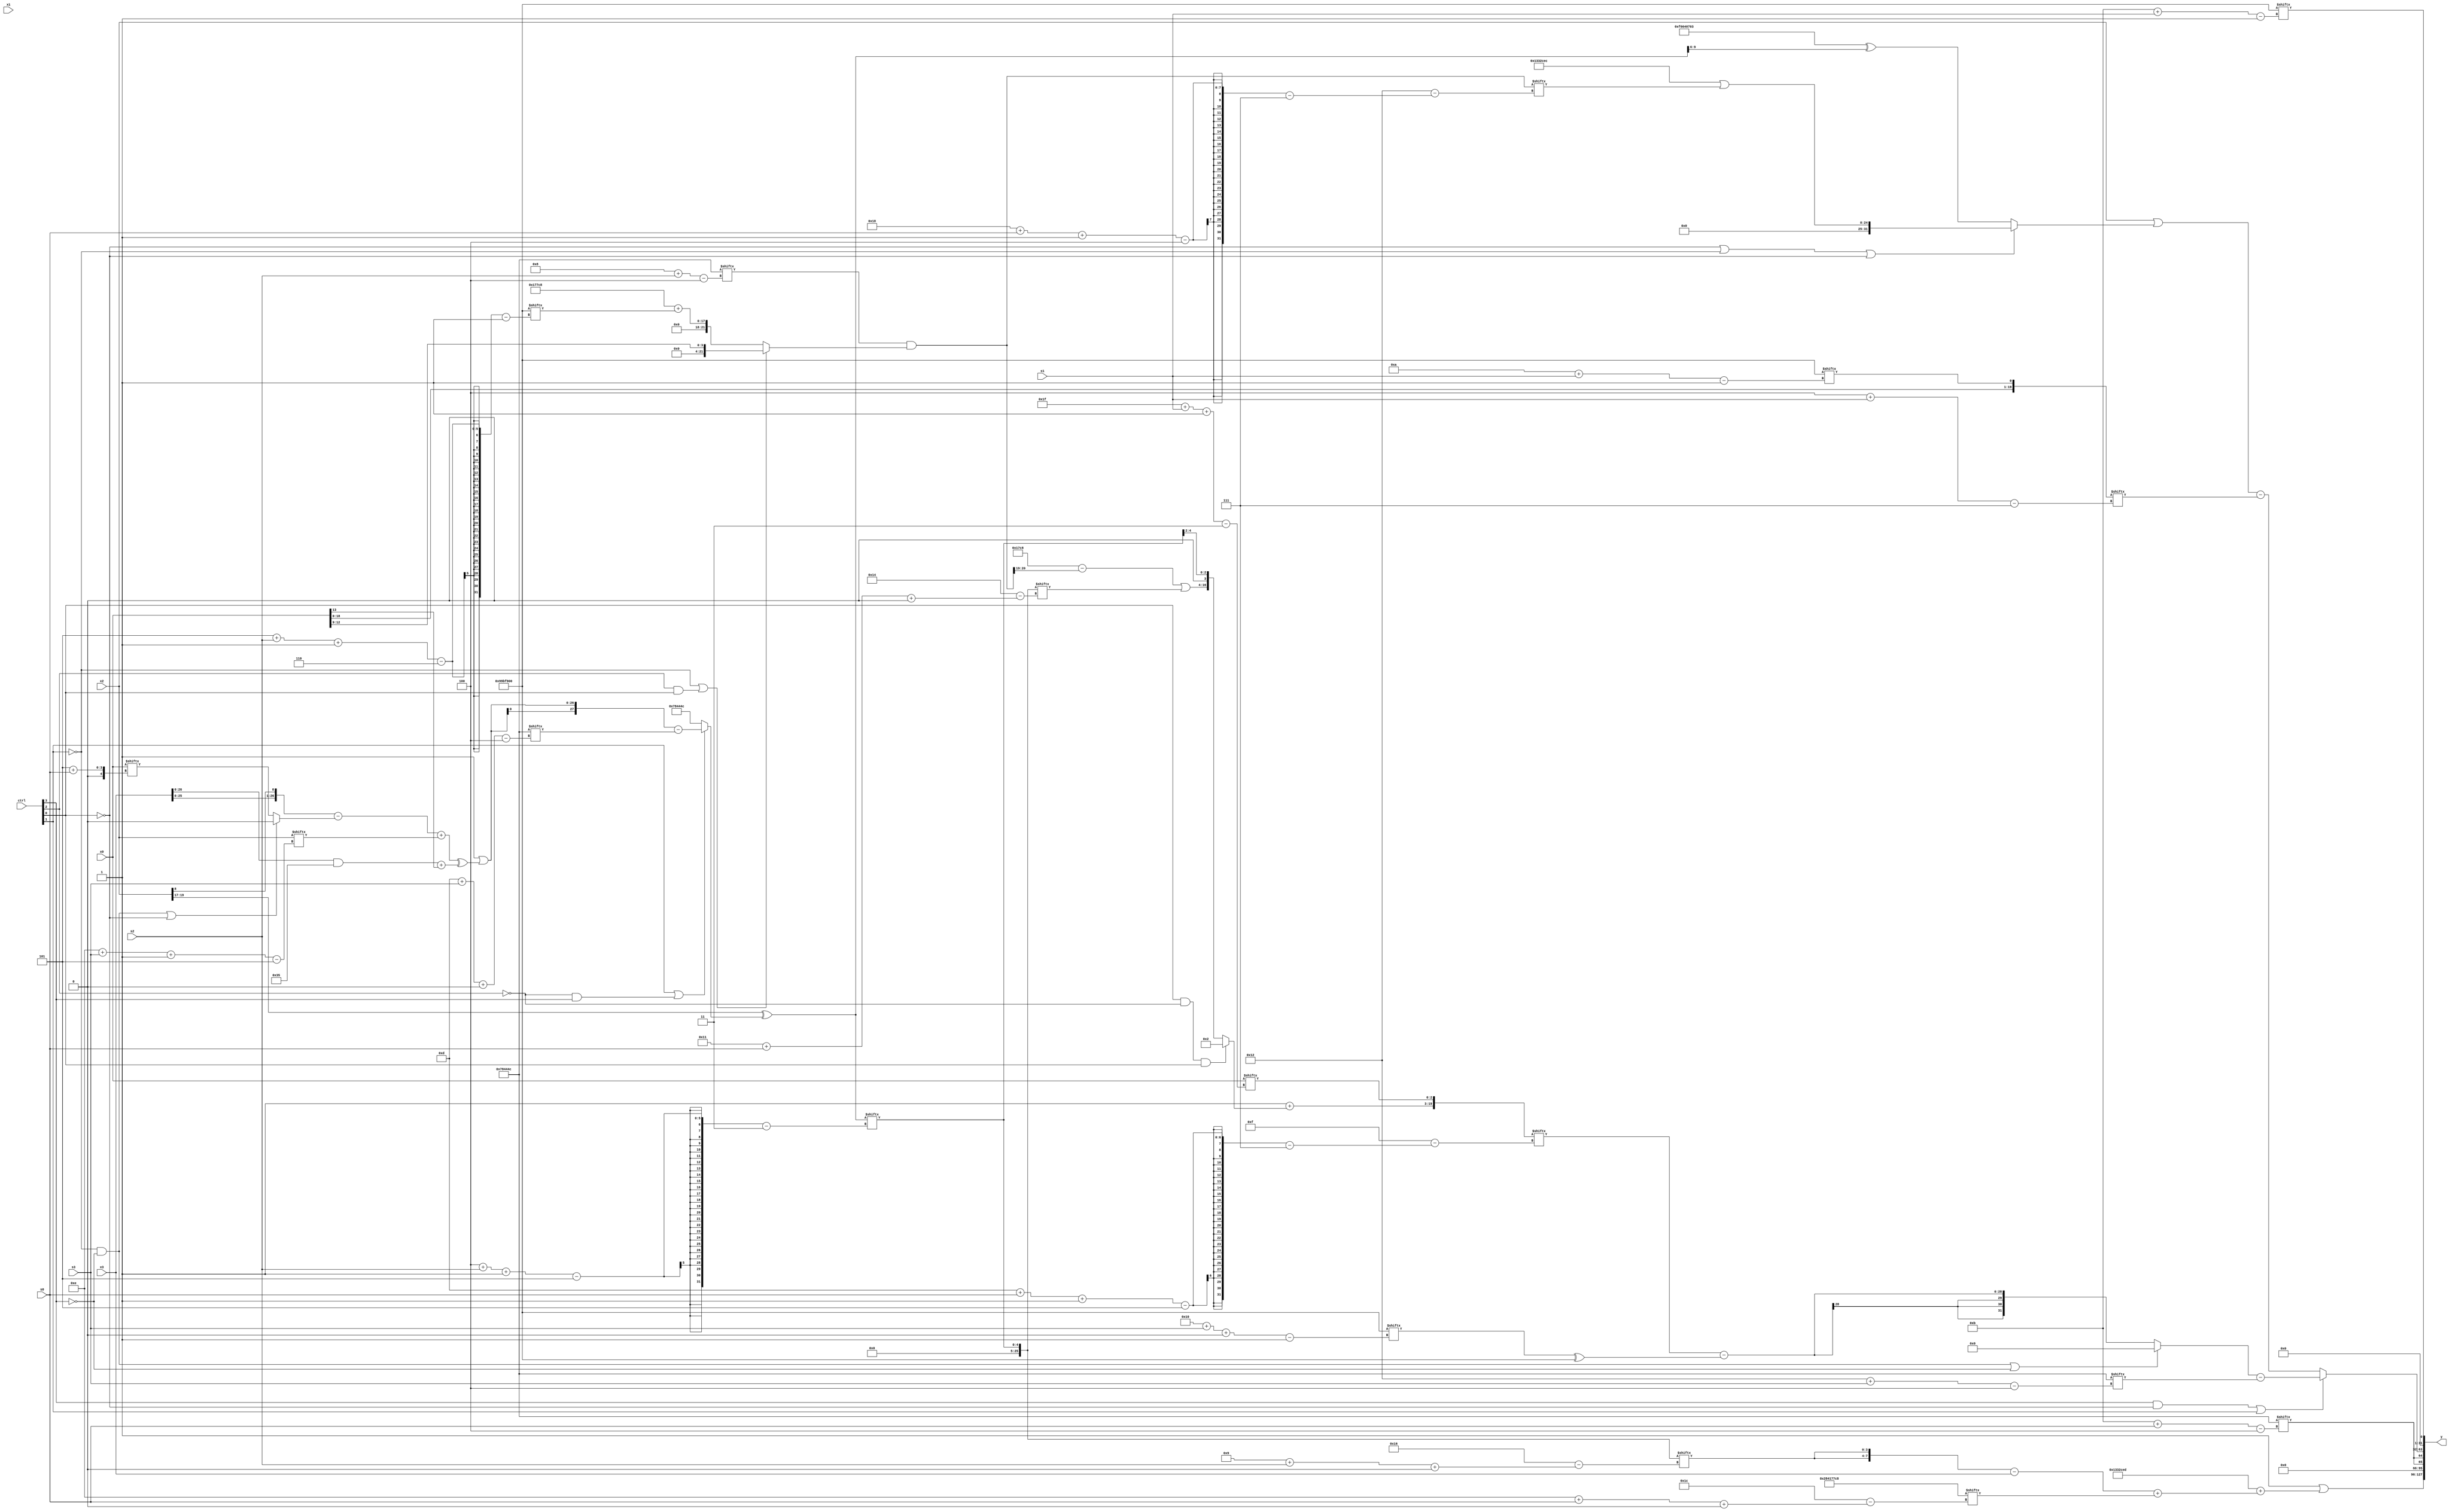
module partsel_00545(ctrl, s0, s1, s2, s3, x0, x1, x2, x3, y);
  input [3:0] ctrl;
  input [2:0] s0;
  input [2:0] s1;
  input [2:0] s2;
  input [2:0] s3;
  input signed [31:0] x0;
  input [31:0] x1;
  input [31:0] x2;
  input [31:0] x3;
  wire signed [3:29] x4;
  wire [2:31] x5;
  wire [0:24] x6;
  wire [26:7] x7;
  wire signed [1:30] x8;
  wire signed [30:3] x9;
  wire [28:0] x10;
  wire [0:25] x11;
  wire signed [7:28] x12;
  wire [27:5] x13;
  wire signed [7:26] x14;
  wire [5:27] x15;
  output [127:0] y;
  wire signed [31:0] y0;
  wire [31:0] y1;
  wire signed [31:0] y2;
  wire [31:0] y3;
  assign y = {y0,y1,y2,y3};
  localparam [28:1] p0 = 161216768;
  localparam [0:29] p1 = 675379144;
  localparam [27:4] p2 = 460866636;
  localparam signed [28:3] p3 = 624110828;
  assign x4 = (p0[19 -: 2] | ((({x3, x2[8]} - (!ctrl[1] && !ctrl[3] || !ctrl[0] ? p2[11 +: 2] : x0[5 + s0])) + x2[14 + s3 -: 5]) ^ ((x3 & {p0[14 +: 2], (p2[15 -: 4] ^ p2[18 +: 4])}) + x0[13])));
  assign x5 = (p0[19 + s3] & (p3[17 + s1] ^ p1[3 + s2 +: 7]));
  assign x6 = {x5[5 + s2], p1};
  assign x7 = {2{{x0, p0[10 + s1]}}};
  assign x8 = x0[10 +: 1];
  assign x9 = (x2[19 -: 3] ^ (ctrl[1] || !ctrl[2] && ctrl[3] ? ({2{{2{x4}}}} - p2[13 + s3 +: 8]) : p2));
  assign x10 = x9[15 + s3];
  assign x11 = x9[4 + s2 -: 5];
  assign x12 = (p2[8 + s2] & {x6, (!ctrl[1] || ctrl[2] && ctrl[0] ? x0[12 -: 4] : (p1 + p0[5 + s2 -: 6]))});
  assign x13 = {2{(x3[28 + s2 +: 1] & {2{x6[16 -: 4]}})}};
  assign x14 = {(p1[15] + (ctrl[0] && !ctrl[2] && ctrl[0] ? p2[16 -: 4] : {((p1 - x12[8 +: 2]) | x11[17 + s0 +: 6]), x11[23 -: 4]})), x0[31 + s1 -: 3]};
  assign x15 = (x5[8] | x1[24 + s2 -: 5]);
  assign y0 = (p2[23] | ((p3 | p1[13 -: 4]) + (({2{x11[9 + s2 +: 4]}} - {x5[9 + s1 -: 8], x3}) + p1[14 + s0 +: 2])));
  assign y1 = {2{p2[11 + s0]}};
  assign y2 = (ctrl[3] && !ctrl[0] || ctrl[1] ? ((!ctrl[1] && !ctrl[3] || !ctrl[3] ? p2[15] : (x14[13 + s0 -: 5] - (p0[16 + s3 +: 4] ^ p0))) - p2[18 + s3]) : ({{2{(ctrl[3] || ctrl[2] || !ctrl[3] ? x2 : p3)}}, (x2 | (!ctrl[0] || !ctrl[1] || !ctrl[0] ? (p3 | x12[24 + s0 -: 4]) : ((x6[15 +: 2] - p0) ^ x9[9 +: 4])))} - x7[4 + s1]));
  assign y3 = p0[11 + s1];
endmodule